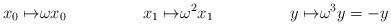
LaTeX: \begin{align*}x_0 \mapsto &\omega x_0&x_1 \mapsto &\omega^2 x_1&y \mapsto &\omega^3 y=-y\\\end{align*}